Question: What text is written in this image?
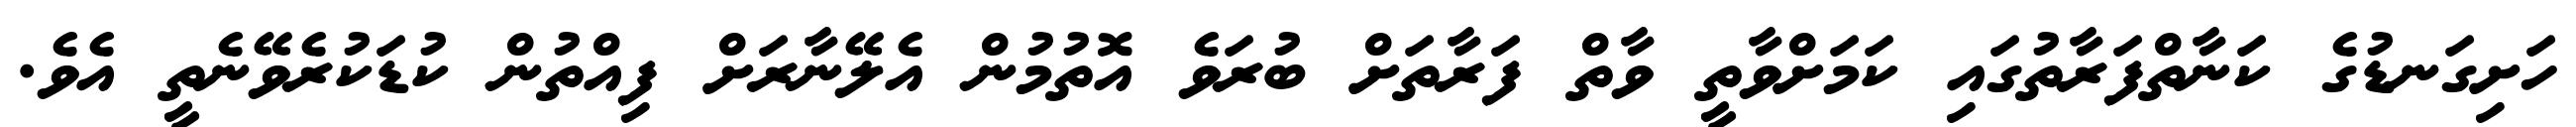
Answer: ހަށިގަނޑުގެ ކަނާތްފަރާތުގައި ކަމަށްވާތީ ވާތް ފަރާތަށް ބުރަވެ އޮތުމުން އެލޭނާރަށް ފިއްތުން ކުޑަކުރެވޭނެތީ އެވެ.